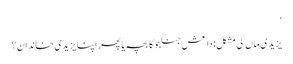
‘
یزیدی ماں کی مشکل: داعش جنگجو کا بچہ یا پھر اپنا یزیدی خاندان؟